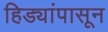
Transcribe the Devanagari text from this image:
हिड्यांपासून